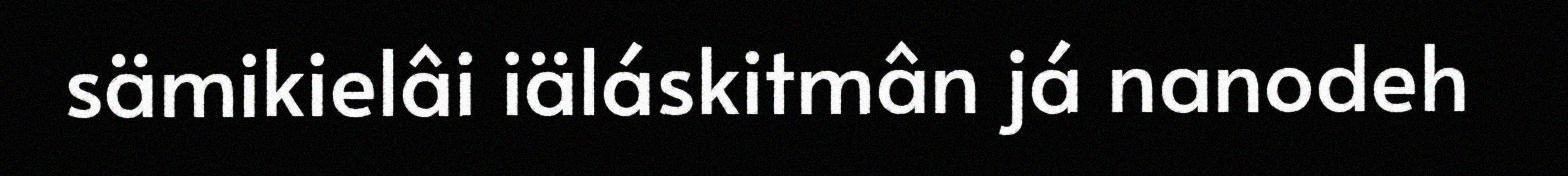
sämikielâi iäláskitmân já nanodeh